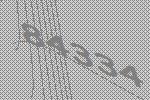
84334